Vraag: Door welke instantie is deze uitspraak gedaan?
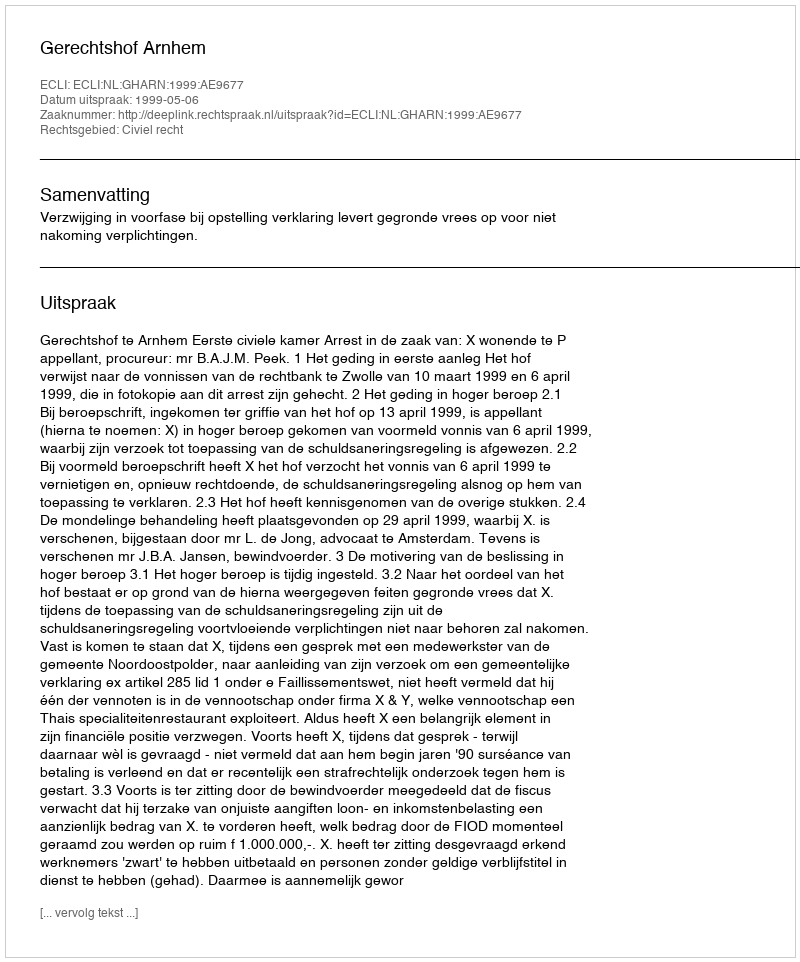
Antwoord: Gerechtshof Arnhem